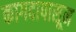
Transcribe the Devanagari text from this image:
कागदापासून